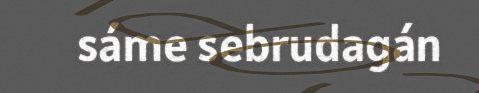
sáme sebrudagán